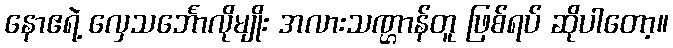
နောဧရဲ့ လှေသင်္ဘောလိုမျိုး အလားသဏ္ဌာန်တူ ဖြစ်ရပ် ဆိုပါတော့။